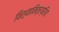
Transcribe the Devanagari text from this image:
विश्वामित्रप्रियः